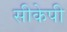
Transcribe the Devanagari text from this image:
सीकेपी